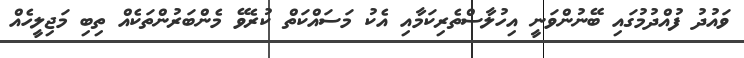
ވައުދު ފުއްދުމުގައި ބޭނުންވަނީ އިހުލާސްތެރިކަމާއި އެކު މަސައްކަތް ކުރެވޭ މެންބަރުންތަކެއް ތިބި މަޖިލީހެއް